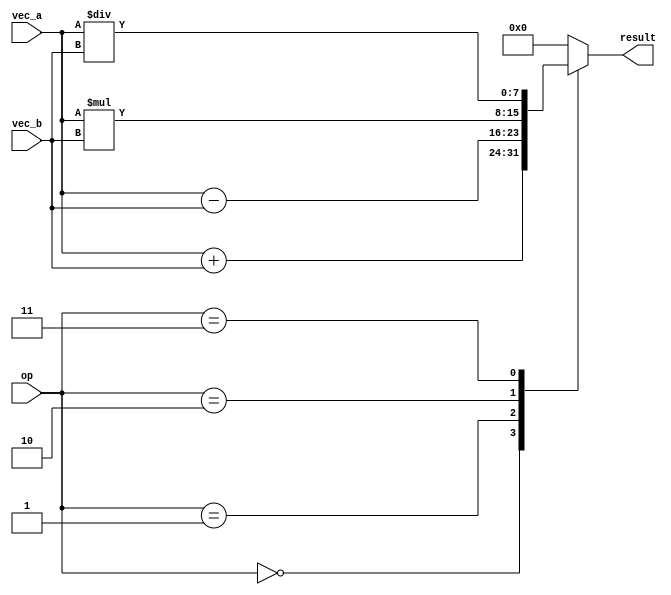
module VectorALU (
    input wire [7:0] vec_a,
    input wire [7:0] vec_b,
    input wire [2:0] op,
    output reg [7:0] result
);

always @(*) begin
    case(op)
        3'b000: result = vec_a + vec_b; // Addition
        3'b001: result = vec_a - vec_b; // Subtraction
        3'b010: result = vec_a * vec_b; // Multiplication
        3'b011: result = vec_a / vec_b; // Division
        default: result = 8'b0;
    endcase
end

endmodule